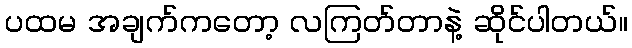
ပထမ အချက်ကတော့ လကြတ်တာနဲ့ ဆိုင်ပါတယ်။